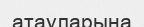
атауларына